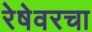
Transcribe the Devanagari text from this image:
रेषेवरचा